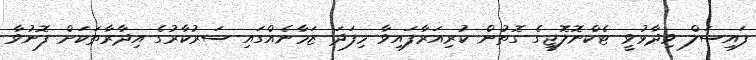
ފައިސަލް ވިދާޅުވީ ޓެކްނޮލޮޖީގެ ގޮތުން ކުރިއަރާފައިވާ މިފަދަ ޒަމާނެއްގައި ސަރުކާރުގެ އިދާރާތަކަށް ފޮނުވާ